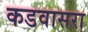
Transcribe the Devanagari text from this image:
कडवासरा